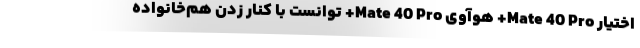
اختیار Mate 40 Pro+ هوآوی Mate 40 Pro+ توانست با کنار زدن هم‌خانواده